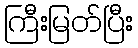
ကြီးမြတ်ပြီး